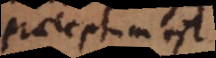
praeceptum j